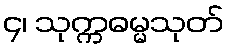
၄၊ သုက္ကဓမ္မသုတ်